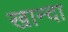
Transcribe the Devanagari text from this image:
खान्दा